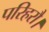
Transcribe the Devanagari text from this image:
परिहरौ।